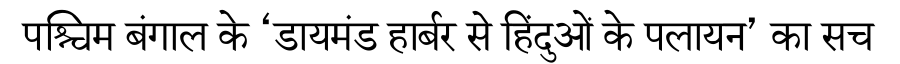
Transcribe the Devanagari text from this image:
पश्चिम बंगाल के ‘डायमंड हार्बर से हिंदुओं के पलायन’ का सच